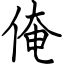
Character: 俺